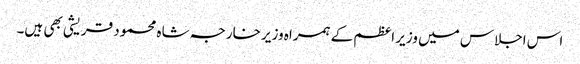
اس اجلاس میں وزیر اعظم کے ہمراہ وزیر خارجہ شاہ محمود قریشی بھی ہیں۔